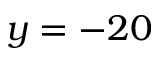
y = - 2 0